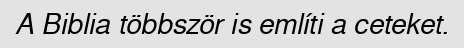
A Biblia többször is említi a ceteket.